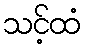
သင့်ထံ